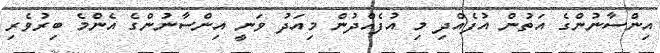
އިންސާނުންގެ އަތުން އުފެއްދި މި އުފެއްދުން މިއަދު ވަނީ އިންސާނުންގެ އެންމެ ބިރުވެރި